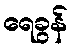
ရေခွန်